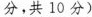
分,共 10 分)